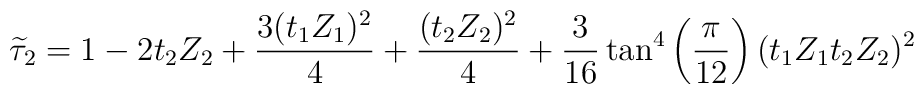
\widetilde{\tau }_{2}=1-2t_{2}Z_{2}+\frac{3(t_{1}Z_{1})^{2}}{4}+\frac{(t_{2}Z_{2})^{2}}{4}+\frac{3}{16}\tan ^{4}\left( \frac{\pi }{12}\right)(t_{1}Z_{1}t_{2}Z_{2})^{2}